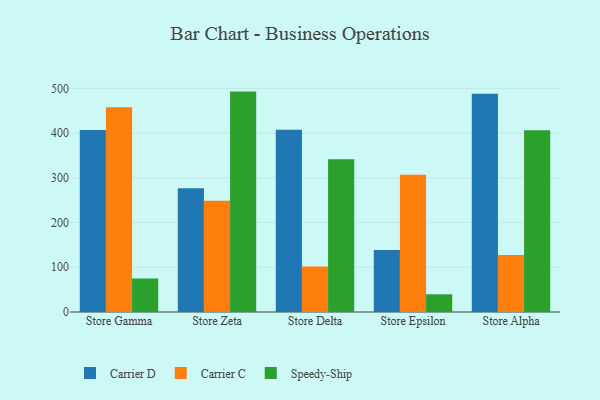
{"axis": {"x": "Store", "y": "Temperature (°C)"}, "legend": ["Carrier C", "Carrier D", "Speedy-Ship"], "data": [{"x": "Store Gamma", "y": 406.7, "type": "Carrier D"}, {"x": "Store Gamma", "y": 457.7, "type": "Carrier C"}, {"x": "Store Gamma", "y": 74.9, "type": "Speedy-Ship"}, {"x": "Store Zeta", "y": 276.5, "type": "Carrier D"}, {"x": "Store Zeta", "y": 248.5, "type": "Carrier C"}, {"x": "Store Zeta", "y": 492.8, "type": "Speedy-Ship"}, {"x": "Store Delta", "y": 407.5, "type": "Carrier D"}, {"x": "Store Delta", "y": 101.9, "type": "Carrier C"}, {"x": "Store Delta", "y": 341.3, "type": "Speedy-Ship"}, {"x": "Store Epsilon", "y": 138.9, "type": "Carrier D"}, {"x": "Store Epsilon", "y": 307.0, "type": "Carrier C"}, {"x": "Store Epsilon", "y": 39.6, "type": "Speedy-Ship"}, {"x": "Store Alpha", "y": 488.0, "type": "Carrier D"}, {"x": "Store Alpha", "y": 127.2, "type": "Carrier C"}, {"x": "Store Alpha", "y": 406.6, "type": "Speedy-Ship"}]}